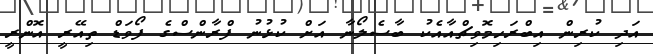
އަދި ކުރިން އިބްރަހިމޮވިޗްއާއެކު ބާސެލޯނާ އަށް ކުޅުނު ފްރާންސްގެ ފޯވަޑް ތިއޭރީ އޮންރީ